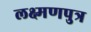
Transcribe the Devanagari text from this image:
लक्ष्मणपुत्र